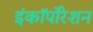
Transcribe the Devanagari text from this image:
इंकॉर्पोरेशन